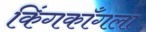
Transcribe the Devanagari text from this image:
किंगकाँगला